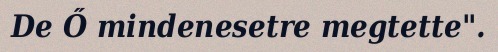
De Ő mindenesetre megtette".